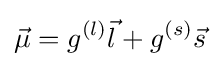
{\vec {\mu }}=g^{(l)}{\vec {l}}+g^{(s)}{\vec {s}}